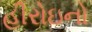
હીરોઇનો